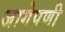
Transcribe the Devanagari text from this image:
जागेपणी